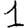
Digit: 1